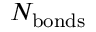
N _ { \mathrm { b o n d s } }